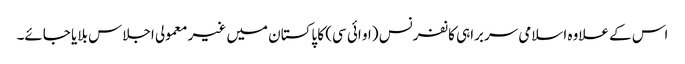
اس کے علاوہ اسلامی سربراہی کانفرنس (او ائی سی) کا پاکستان میں غیر معمولی اجلاس بلایا جائے۔